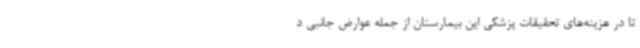
تا در هزینه‌های تحقیقات پزشکی این بیمارستان از جمله عوارض جانبی د